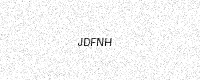
Text: JDFNH